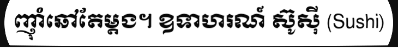
ញ៉ាំឆៅតែម្តង។ ឧទាហរណ៍ ស៊ូស៊ី (Sushi)